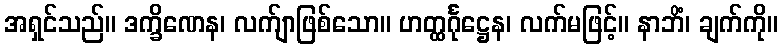
အရှင်သည်။ ဒက္ခိဏေန၊ လက်ျာဖြစ်သော။ ဟတ္ထင်္ဂုဋ္ဌေန၊ လက်မဖြင့်။ နာဘိံ၊ ချက်ကို။